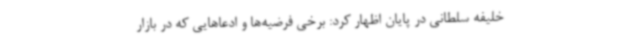
خلیفه سلطانی در پایان اظهار کرد: برخی فرضیه‌ها و ادعاهایی که در بازار